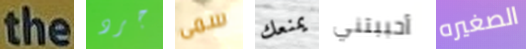
the جرد سمى يمنعك أحببتني الصغيره